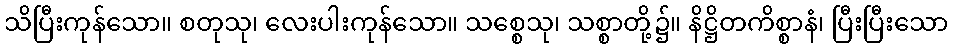
သိပြီးကုန်သော။ စတုသု၊ လေးပါးကုန်သော။ သစ္စေသု၊ သစ္စာတို့၌။ နိဋ္ဌိတကိစ္စာနံ၊ ပြီးပြီးသော